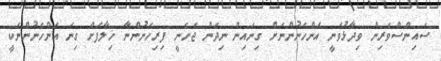
ސައިންސްވެރިން ވިދާޅުވަނީ އަންހެނުންނަށް ގިނައިން ނިދަން ޖެހެނީ ފިރިހެނުންނާ ޚިލާފަށް ގިނަ އަންހެނުންނަކީ